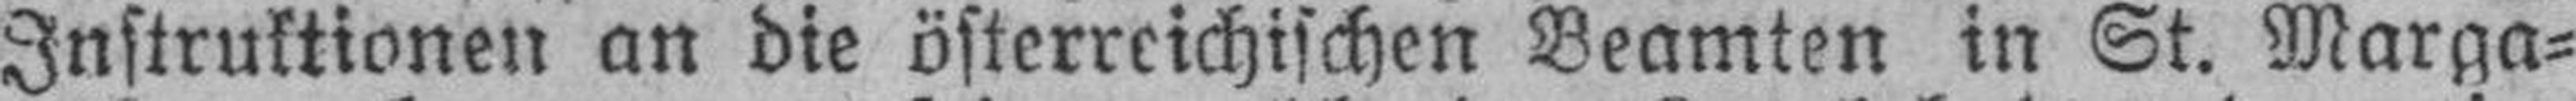
Instruktionen an die österreichischen Beamten in St. Marga¬